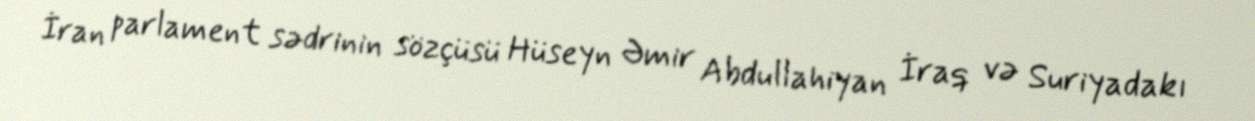
İran parlament sədrinin sözçüsü Hüseyn Əmir Abdullahiyan İraq və Suriyadakı